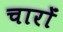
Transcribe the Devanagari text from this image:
चारोंं